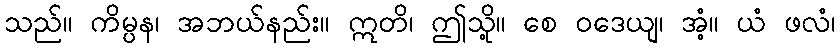
သည်။ ကိမ္ပန၊ အဘယ်နည်း။ ဣတိ၊ ဤသို့။ စေ ဝဒေယျ၊ အံ့။ ယံ ဖလံ၊